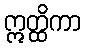
ဣတ္ထိကာ